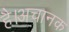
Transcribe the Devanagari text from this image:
है।अचानक